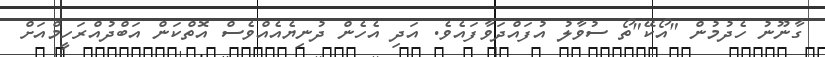
ގާނޫނު ހެދުމުން "އޯކޭ"ތޯ ސުވާލު އުފައްދަވާފައެވެ. އަދި އެހެން ދުނިޔެއެއްވެސް އޮތްކަން އަބްދުއްރަހީމްއަށް